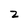
Character: Z